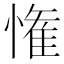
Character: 𭞞